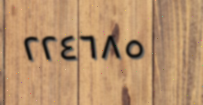
٢٢٤٦٨٥